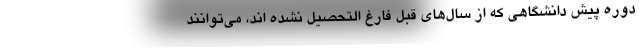
دوره پیش دانشگاهی که از سال‌های قبل فارغ التحصیل نشده اند، می‌توانند